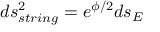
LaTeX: d s _ { s t r i n g } ^ { 2 } = e ^ { \phi / 2 } d s _ { E }